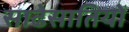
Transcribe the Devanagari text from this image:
साढेसातियों